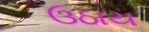
ઉઠાય